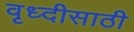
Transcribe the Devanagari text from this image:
वृध्दीसाठी